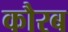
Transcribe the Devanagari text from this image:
कौरब